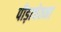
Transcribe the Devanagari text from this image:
पीड़ाचेतना